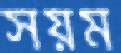
সয়ম